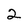
Character: 2